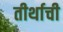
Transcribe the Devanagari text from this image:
तीर्थाची